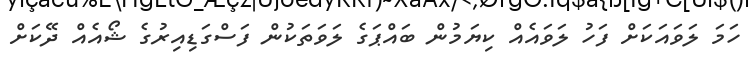
ހަމަ ލަވައަކަށް ފަހު ލަވައެއް ކިޔަމުން ބައްޕަގެ ލަވަތަކުން ފަސްގަޑިއިރުގެ ޝޯއެއް ދޭކަށް